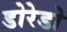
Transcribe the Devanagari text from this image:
डोरेडो